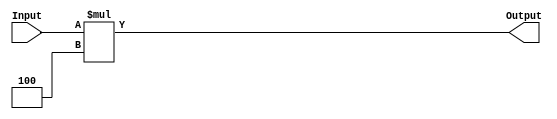
module SE_4 (
    output reg [23:0] Output,
    input [23:0] Input
    );
    always@ (Input) begin
        Output = Input * 3'b100; // * 4
    end
endmodule